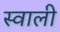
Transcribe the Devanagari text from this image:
स्वाली